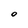
Character: 0